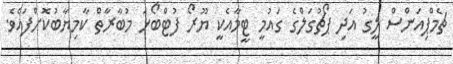
ޗެމްޕިއަންސް ލީގު އަދި ޕޯޗުގަލްގެ ގައުމީ ޓީމާއެކީ ޔޫރޯ ފުޓްބޯޅަ މުބާރާތް ކާމިޔާބުކޮށްފައެވެ.